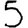
Digit: 5